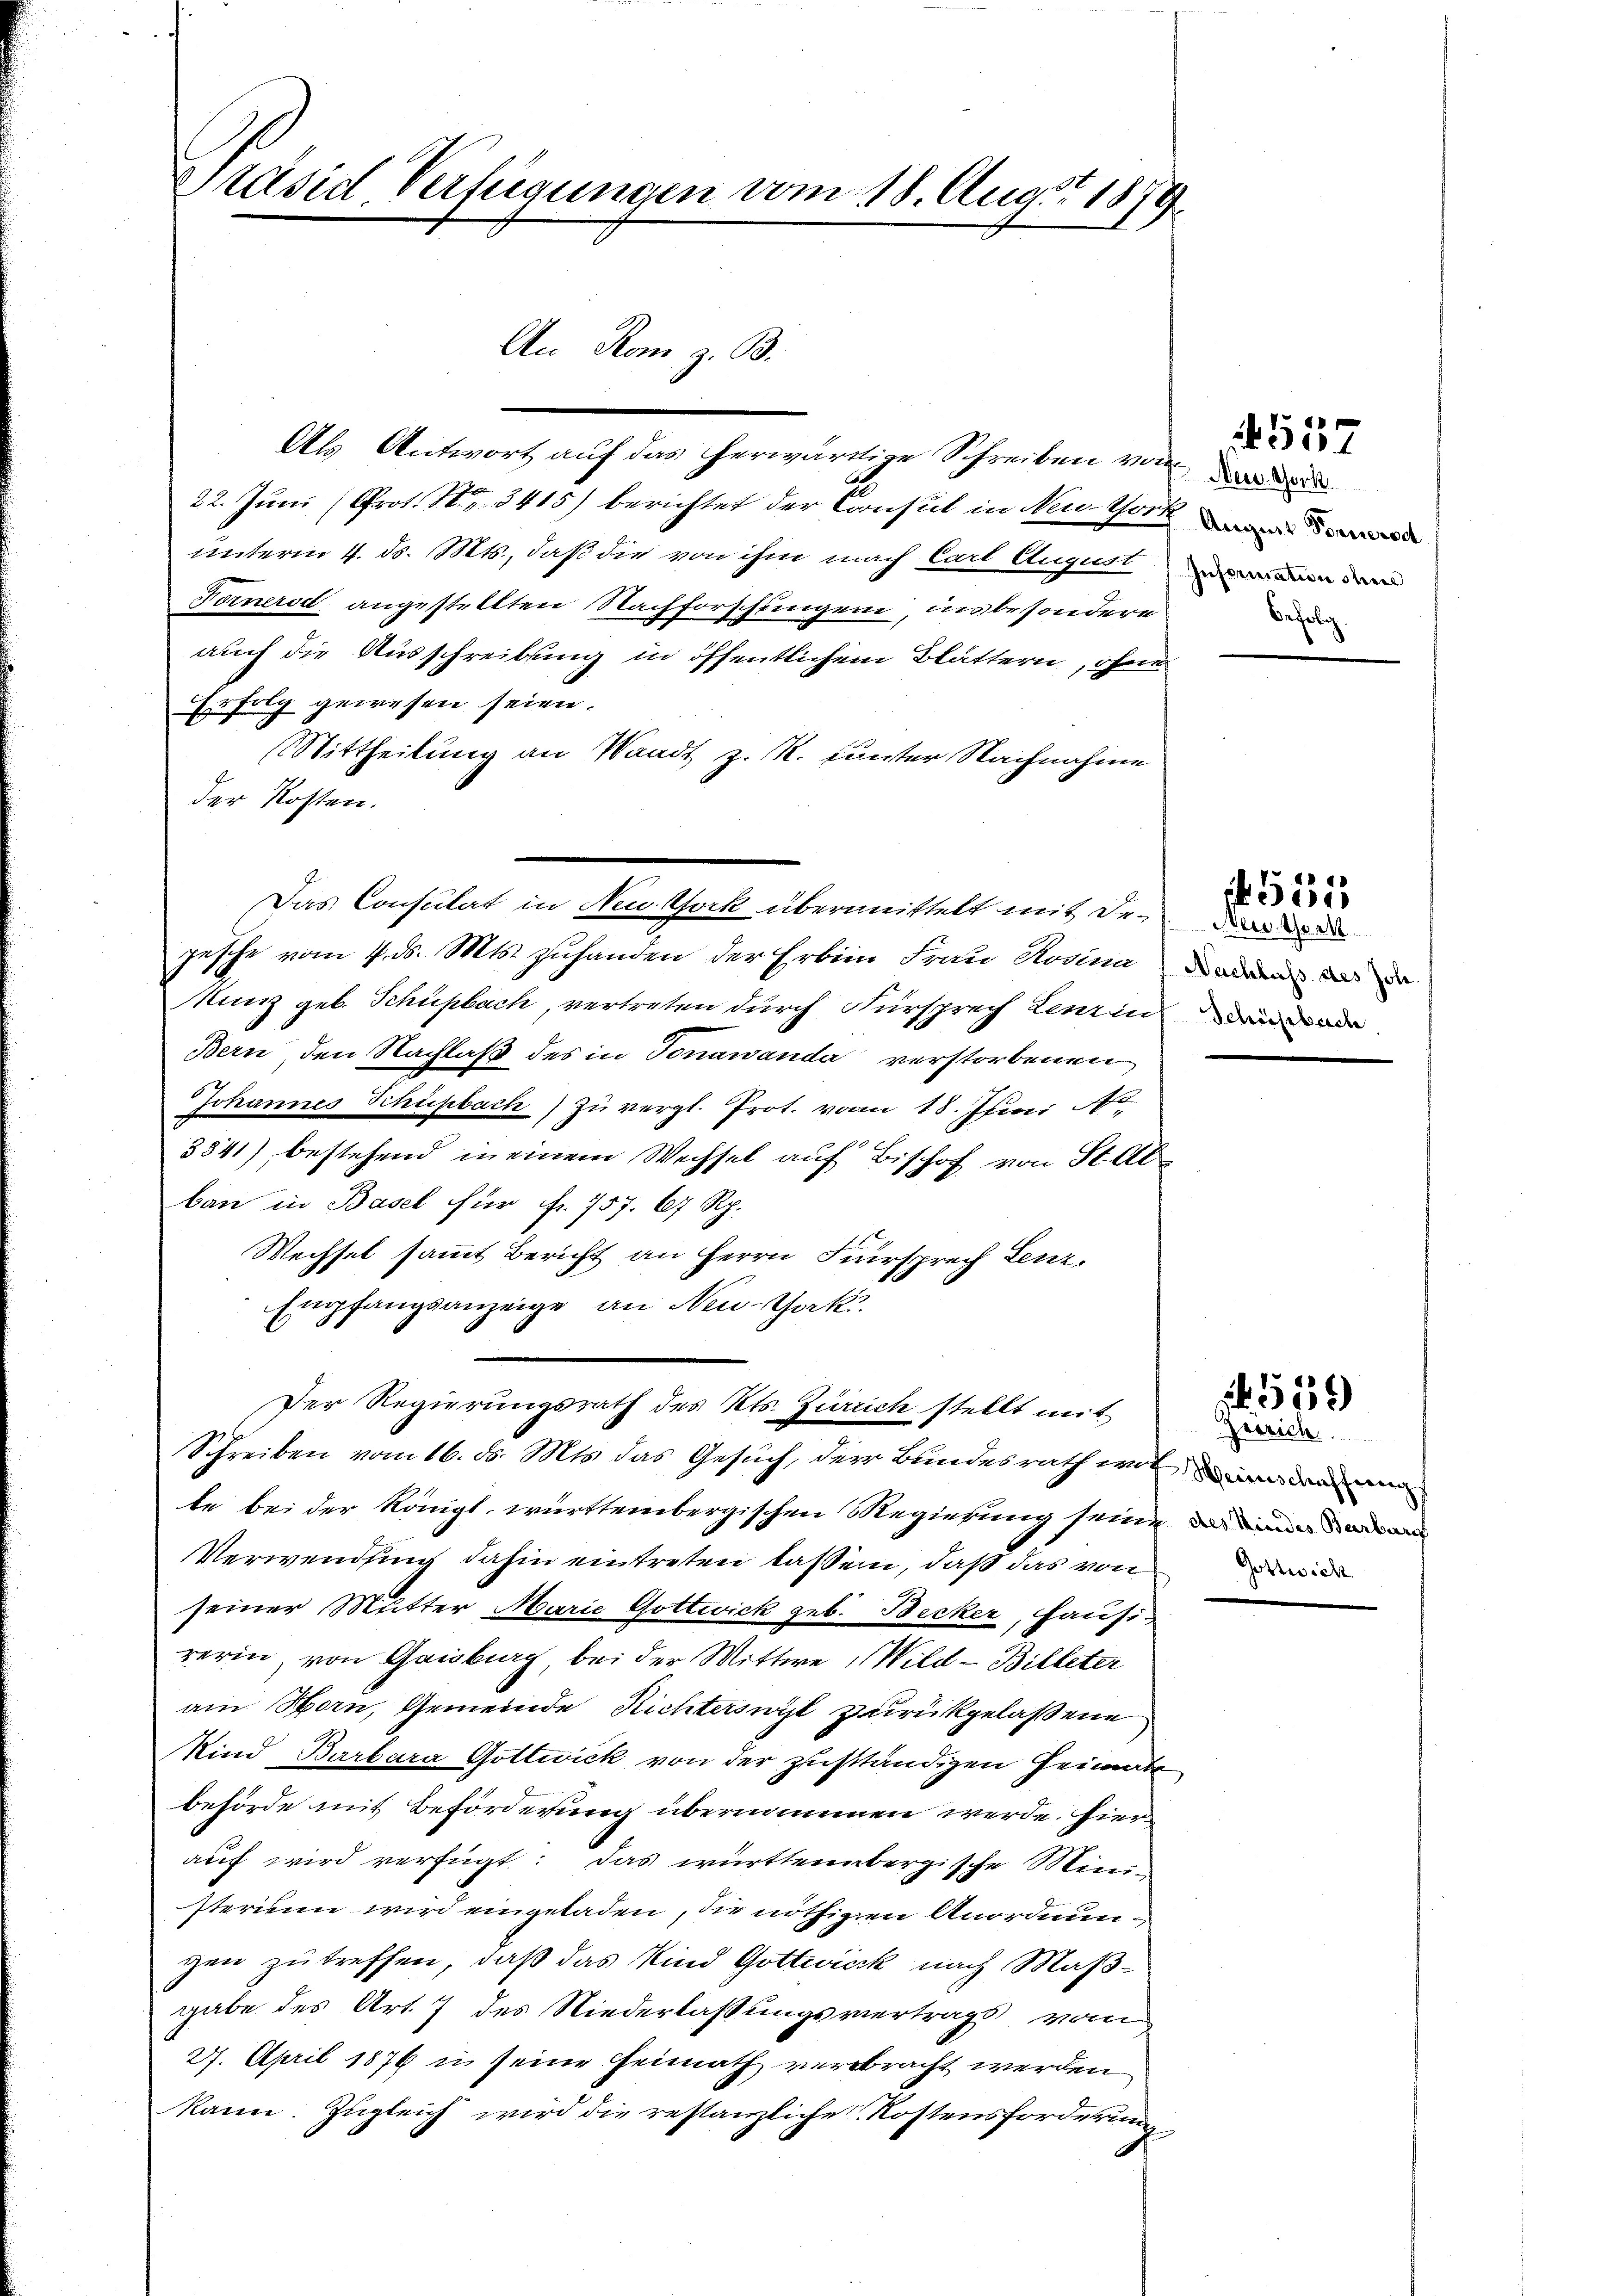
Präsid Verfügungen vom 18. Aug. 1879.

Als Antwort auf das herwärtige Schreiben von der den
e
u
22. Juni (Prot. S. 3415) berichtet der Consul in Neuthore
unterm 4. ds. Mts., daß die von ihm nach Carl August
Fornerst angestellten Nachforschungen, in besondere
auch die Ausschreibung in öffentlichen Blättern, ohne
Er folg gewesen seien.
Stittheilung an Waadt z. R. unter Nachnahme
der Kosten.
pesche vom 4. ds. Mts. zuhanden der Erben Frau Rosina
Kunz geb. Schüpbach, vertreten durch Fürsprech Lenzin
Bern, den Nachlaß des in Tonawanda verstorbenen
Johannes Schupbach) Zu vergl. Prot. vom 18. Juni 180.
3341) bestehend in einem Wechsel auf Bischof von Stube
ban in Basel für fr. 757. 67 Rp.
Wechsel sammt Bericht an Herrn Fürsprech Lenz.
Empfangsanzeige an New-York
Der Regierungsrath des Kts. Zürich stellt mit
Schreiben vom 16. ds. Mts. das Gesuch, der Bundesrath wol in den
te bei der Königl. württembergischen Regierung seine dama
Verwendung dahin eintreten lassen, daß das von
seiner Mutter Marie Gottwick geb. Becker, Hausirerin von Gaisburg bei der Mittwe Wild-Billeter
am Horn, Gemeinde Richtersucht zurückgelassene
Kind Barbara Gottwick von der zuständigen Heimate
behörde mit Beförderung übernommen werde. Hierauf wird verfügt: das württembergische Ministerium wird eingeladen, die nöthigen Anordnungen zu treffen, daß das Kind Gottwick nach Maßgabe des Art. 7 des Niederlassungsvertrags vom
27. April 1876 in seine Heimath verbracht werden
kann. Zugleich wird die restanzliche Kostensforderung

An Rom z. B.

Das Consulat in New York übermittelt mit De¬

Information dem
Befolg

557

555
Neu. Thor

Nachlass des Joh
Schüebach

Gottwick

1559
Grörich